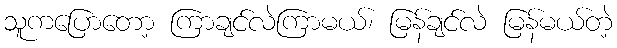
သူကပြောတော့ ကြာချင်လဲကြာမယ်၊ မြန်ချင်လဲ မြန်မယ်တဲ့